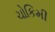
ચોકિમી